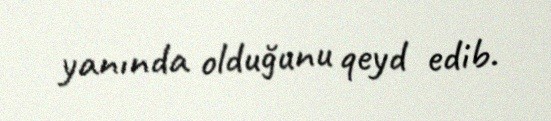
yanında olduğunu qeyd edib.